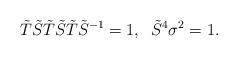
LaTeX: \begin{align*}\tilde T\tilde S\tilde T\tilde S\tilde T\tilde S^{-1}=1,\; \; \tilde S^4\sigma ^2=1.\end{align*}